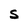
Character: S